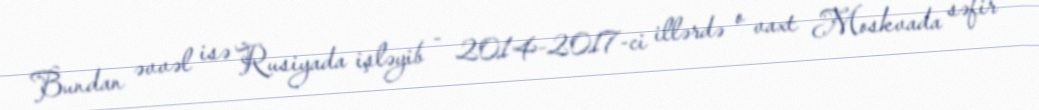
Bundan əvvəl isə Rusiyada işləyib - 2014-2017-ci illərdə o vaxt Moskvada səfir